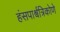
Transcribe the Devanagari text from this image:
हंसपार्श्वत्रिकोणे